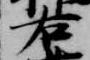
右